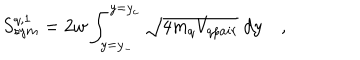
S _ { s y m } ^ { q , 1 } = 2 w \int _ { y = y _ { - } } ^ { y = y _ { c } } \sqrt { 4 m _ { q } V _ { q p a i r } } ~ d y \quad ,